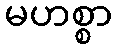
မဟစ္စာ